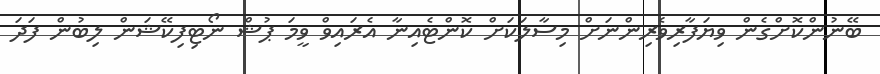
ބޭނުންކޮށްގެން ވިޔަފާރިވެރިންނަށް މިސާލަކަށް ކޮންޓެއިނާ އެރައިވް ވީމަ ޕުޝް ނޯޓިފިކޭޝަން ލިބުން ފަދަ